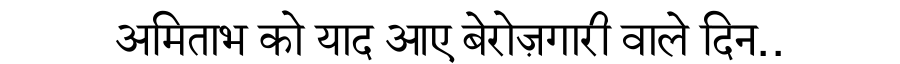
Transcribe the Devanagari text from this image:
अमिताभ को याद आए बेरोज़गारी वाले दिन..